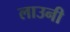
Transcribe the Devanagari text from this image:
लाउनी